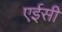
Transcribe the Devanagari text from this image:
एईसी